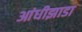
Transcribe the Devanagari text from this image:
आंधीझाडा